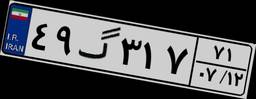
۴۹گ۳۱۷۷۱